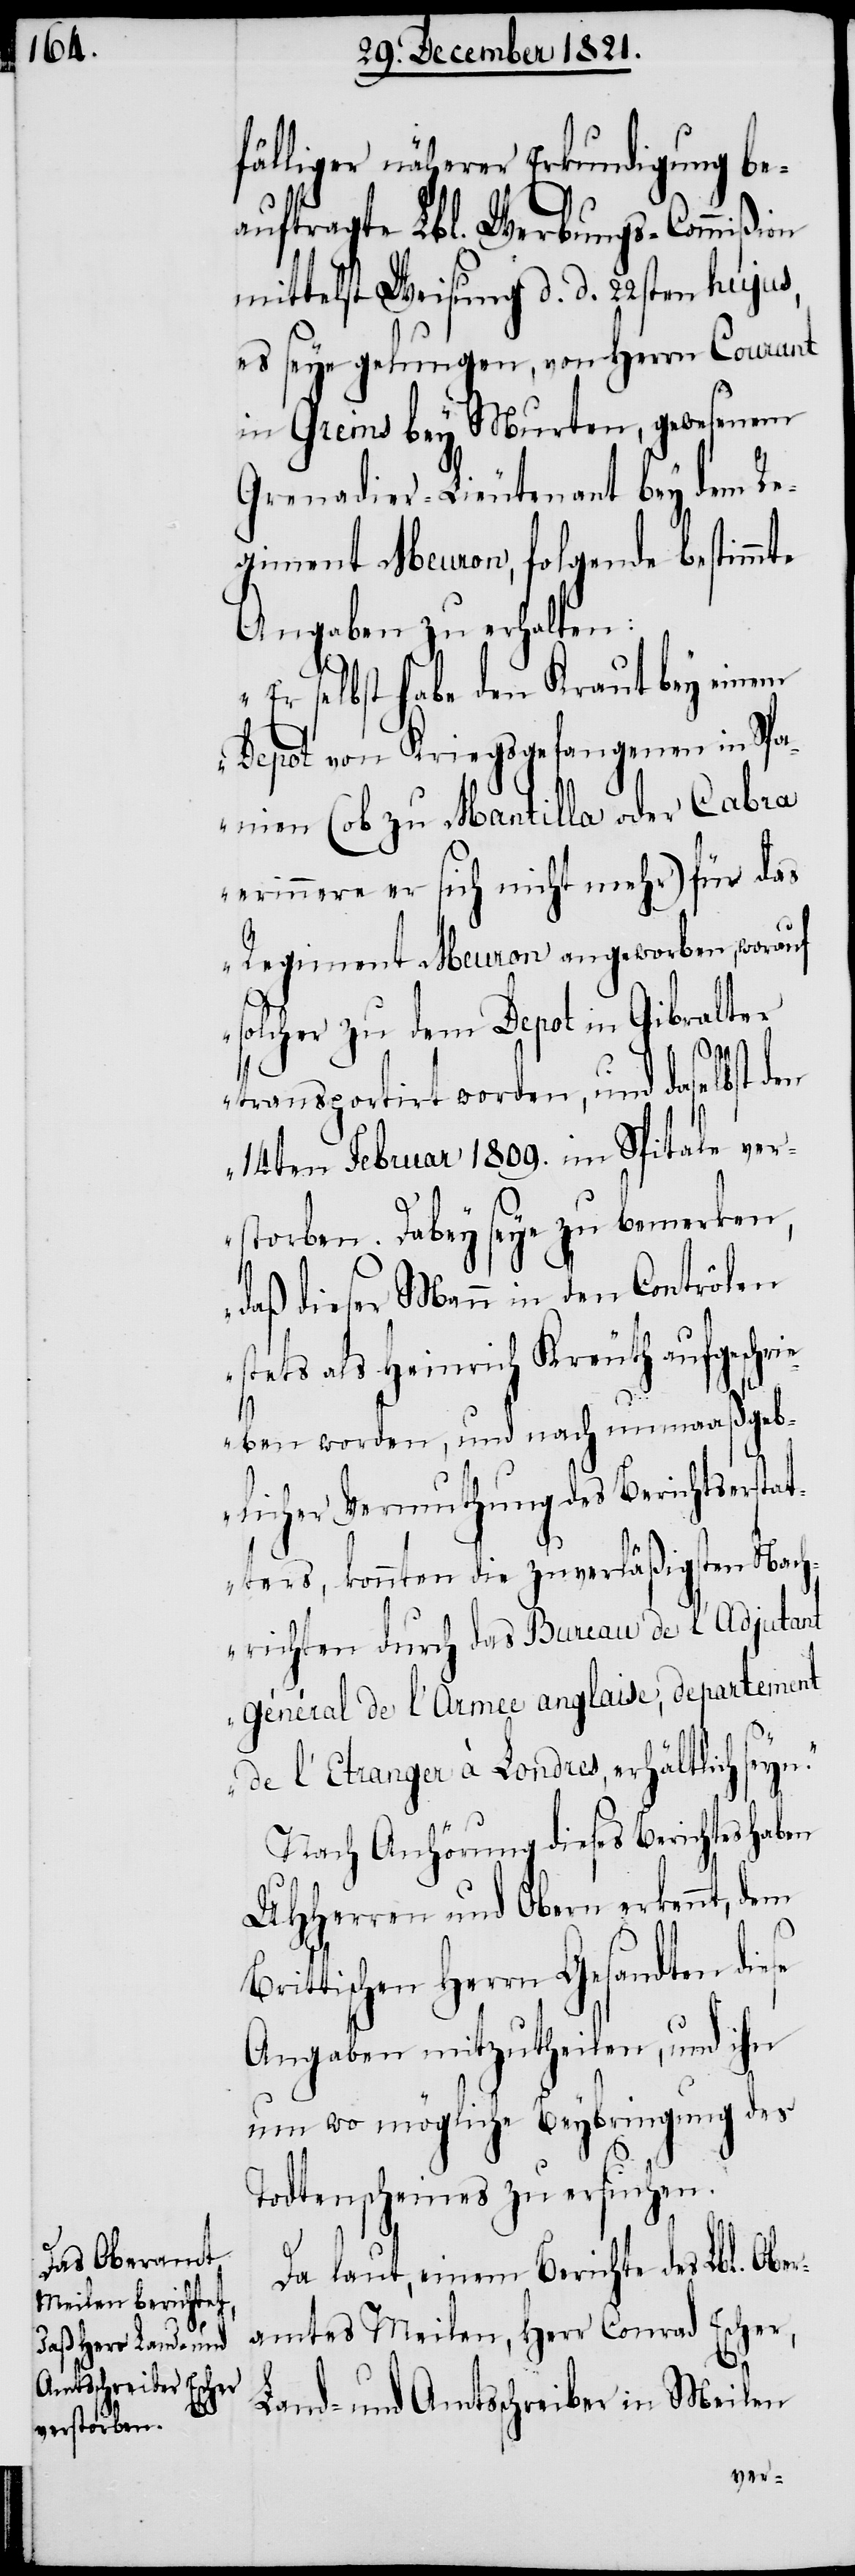
fälliger näherer Erkundigung be¬
auftragte Lbl. Werbungs-Commißion
mittelst Weisung d. d. 22sten hujus,
es seye gelungen, von Herrn Courant
in Greims bey Murten, gewesenen
Grenadier-Lieutenant bey dem Re¬
giment Meuron, folgende bestimmte
Angaben zu erhalten:
„Er selbst habe den Kraut bey einem
Depot von Kriegsgefangenen in Spa¬
nien (ob zu Mantilla oder Cabra
erinnere er sich nicht mehr) für das
Regiment Meuron angeworben, worauf
solcher zu dem Depot in Gibraltar
transportirt worden, und daselbst den
14ten Februar 1819. im Spitale ver¬
storben. Dabey seye zu bemerken,
daß dieser Mann in den Contrôlen
stets als Heinrich Kreuth aufgeschri¬
eben worden, und nach unmaaßgeb¬
licher Vermuthung des Berichtserstat¬
ters, konnten die zuverläßigsten Nach¬
richten durch das Bureau de l’Adjutant
général de l’Armee anglaise, departement
de l’Etranger à Londres, erhältlich seyn.“
Nach Anhörung dieses Berichtes haben
UHHerren und Obern erkennt, dem
Brittischen Herrn Gesandten diese
Angaben mitzutheilen, und ihn
um wo mögliche Beybringung des
Todtenscheines zu ersuchen.
Da laut einem Berichte des Lbl. Ober¬
amtes Meilen, Herr Conrad Escher,
Land- und Amtsschreiber in Meilen